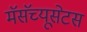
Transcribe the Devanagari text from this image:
मॅसॅच्यूसेटस